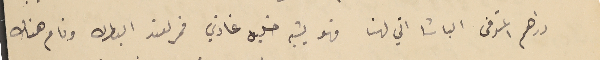
دراهم المتوفى الباشا اتي لهنا فهو يشبه خليل غازي فمر لعند البطرك ونام هناك